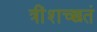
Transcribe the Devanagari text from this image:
त्रींशच्छतं